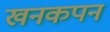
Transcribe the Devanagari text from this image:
खनकपन